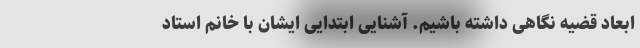
ابعاد قضیه نگاهی داشته باشیم. آشنایی ابتدایی ایشان با خانم استاد